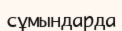
сұмындарда